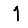
Digit: 1